Leaving Certificate Examination, 1902
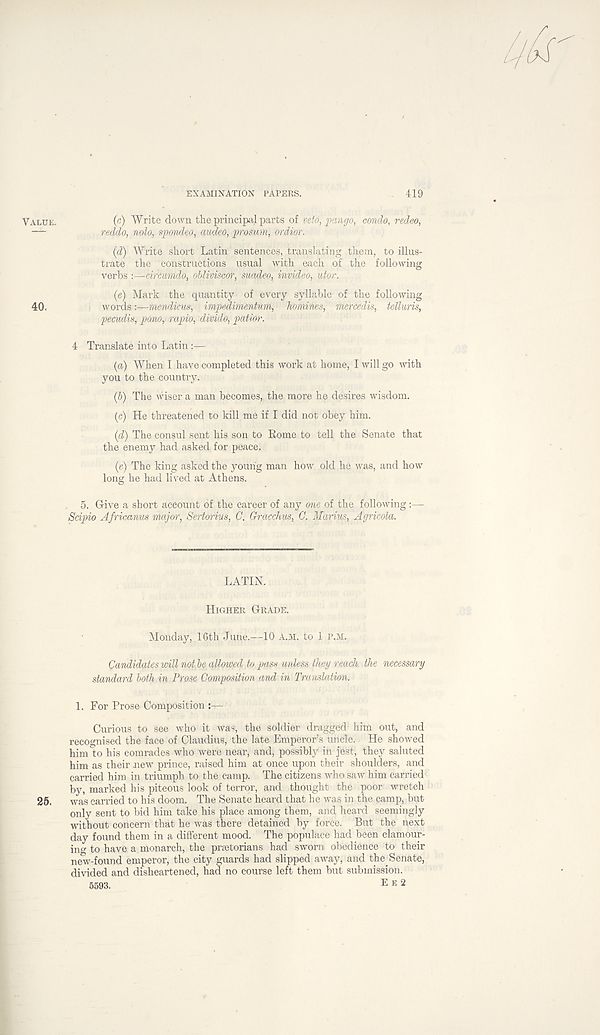
EXAMINATION PAPERS.
419
VALUE.
( r ) Write down the principal parts of veto, pcmgo, condo, redeo,
—
reddo, nolo, spondeo, audeo, prosum, ordior.
(d) Write short Latin sentences, translating them, to illus-
trate the constructions usual with each of the following
verbs :—circumdo, obliviscor, suadeo, invideo, utor.
(e) Mark the quantity of every syllable of the following
40.
words :—mendicus, impedimentum, homines, mercedis, telluris,
pecudis, pano, rapio, divido, patior.
4 Translate into Latin :—
(a) When I have completed this work at home, I will go with
you to the country.
(b) The wiser a man becomes, the more he desires wisdom.
(c) He threatened to kill me if I did not obey him.
(d) The consul sent his son to Rome to tell the Senate that
the enemy had asked for peace.
(e) The king asked the young man how old he was, and how
long he had lived at Athens.
5. Give a short account of the career of any one of the following :—
Scipio Africanus major, Sertorivs, C, Gracchus, C. Marius, Agricola.
LATIN.
HIGHER GRADE.
Monday, 16th June.—10 A.M. to 1 P.M.
Candidates mil notbe allowed to pass unless they reach, the necessary
standard both.in Prose Composition and in Translation.
1. For Prose Composition :—
Curious to see who it was, the soldier dragged him out, and
recognised the face of Claudius, the late Emperor’s uncle. He showed
him to his comrades who were near, and, possibly in jbst; they saluted
him as their new prince, raised him at once upon their shoulders, and
carried him in triumph to the camp. The citizens who saw him carried
by, marked his piteous look of terror, and thought the poor wretch
25.
was carried to his doom. The Senate heard that he was in the camp, but
only sent to bid him take his place among them, and heard seemingly
without concern that he was there detained by force. But the next
day found them in a different mood. The populace had been clamour-
ing to have a monarch, the praetorians had sworn obedience to their
new-found emperor, the city guards had slipped away, and theBenate,
divided and disheartened, had no course left them but submission.
5593.
E E 2